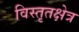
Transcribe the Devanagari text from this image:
विस्तृतक्षेत्र